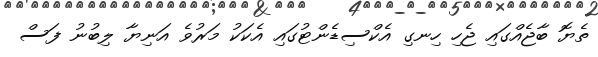
ތެޔޮ ބާޖެއްގައި ޖެހި ހިނގި އެކްސިޑެންޓުގައި އެކަކު މަރުވެ އަނިޔާ ލިބުނު ފަސް